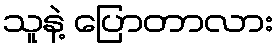
သူနဲ့ ပြောတာလား